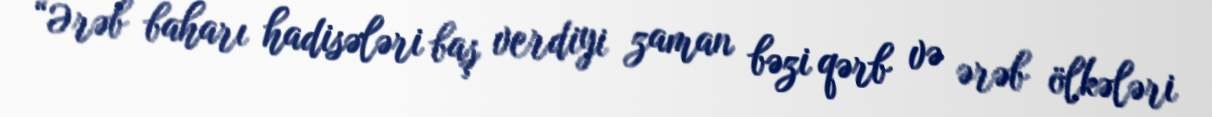
“Ərəb baharı hadisələri baş verdiyi zaman bəzi qərb və ərəb ölkələri